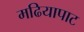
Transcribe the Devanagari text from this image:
मढियापाट